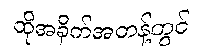
ထိုအခိုက်အတန့်တွင်